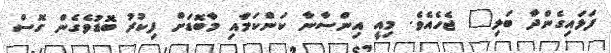
ފަޅައިގެންދާ ބަލި" ޖެހެއެވެ. މިއީ އިންސާނާ ކަންކަމާއި މާބޮޑަށް ފިކުރު ބޮޑުވެގެން ގޮސް